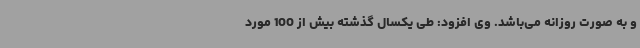
و به صورت روزانه می‌باشد. وی افزود: طی یکسال گذشته بیش از 100 مورد